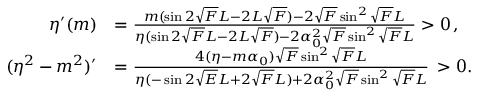
\begin{array} { r l } { \eta ^ { \prime } ( m ) } & { = \frac { m ( \sin 2 \sqrt { F } L - 2 L \sqrt { F } ) - 2 \sqrt { F } \sin ^ { 2 } \sqrt { F } L } { \eta ( \sin 2 \sqrt { F } L - 2 L \sqrt { F } ) - 2 \alpha _ { 0 } ^ { 2 } \sqrt { F } \sin ^ { 2 } \sqrt { F } L } > 0 \, , } \\ { ( \eta ^ { 2 } - m ^ { 2 } ) ^ { \prime } } & { = \frac { 4 ( \eta - m \alpha _ { 0 } ) \sqrt { F } \sin ^ { 2 } \sqrt { F } L } { \eta ( - \sin 2 \sqrt { E } L + 2 \sqrt { F } L ) + 2 \alpha _ { 0 } ^ { 2 } \sqrt { F } \sin ^ { 2 } \sqrt { F } L } \, > 0 . } \end{array}